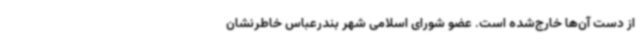
از دست آن‌ها خارج‌شده است. عضو شورای اسلامی شهر بندرعباس خاطرنشان